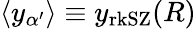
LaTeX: \langle y_{\alpha^{\prime}}\rangle\equiv y_{\mathrm{rkSZ}}(R)